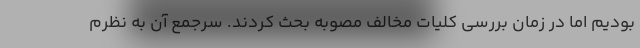
بودیم اما در زمان بررسی کلیات مخالف مصوبه بحث کردند. سرجمع آن به نظرم